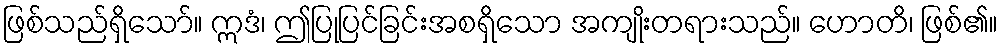
ဖြစ်သည်ရှိသော်။ ဣဒံ၊ ဤပြုပြင်ခြင်းအစရှိသော အကျိုးတရားသည်။ ဟောတိ၊ ဖြစ်၏။